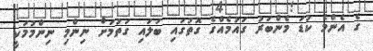
ގެ އެންމެ ކުޑަ މެންބަރު ގައުމެއްގެ ގޮތުގައި ބަލައި ގަތުމަށް ނިންމި ނިންމުމަކީ